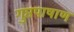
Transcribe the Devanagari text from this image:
गुप्तपाषाण